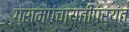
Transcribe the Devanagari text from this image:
ग्रामपंचायतींपर्यंत